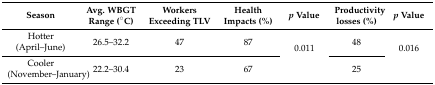
<table><thead><tr><td><b>Season</b></td><td><b>Avg. WBGT Range (°C)</b></td><td><b>Workers Exceeding TLV</b></td><td><b>Health Impacts (%)</b></td><td><b><i>p</i> Value</b></td><td><b>Productivity losses (%)</b></td><td><b><i>p</i> Value</b></td></tr></thead><tbody><tr><td>Hotter (April–June)</td><td>26.5–32.2</td><td>47</td><td>87</td><td rowspan="2">0.011</td><td>48</td><td rowspan="2">0.016</td></tr><tr><td>Cooler (November–January)</td><td>22.2–30.4</td><td>23</td><td>67</td><td>25</td></tr></tbody></table>